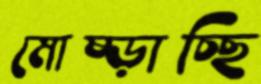
মোষ্‌ড়াচ্ছি